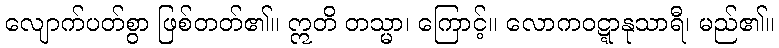
လျောက်ပတ်စွာ ဖြစ်တတ်၏။ ဣတိ တသ္မာ၊ ကြောင့်။ လောကဝဋ္ဋာနုသာရီ၊ မည်၏။